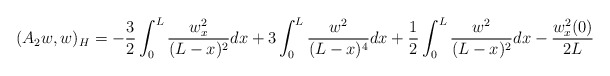
\begin{align*} (A_2 w , w)_H = -\frac{3}{2} \int_0^L \frac{w_x^2}{ (L-x)^2 } dx + 3 \int_0^L \frac{w^2}{ (L-x)^4 } dx +\frac{1}{2} \int_0^L \frac{ w^2 }{ (L-x)^2 } dx -\frac{ w_x^2(0) }{2L} \end{align*}